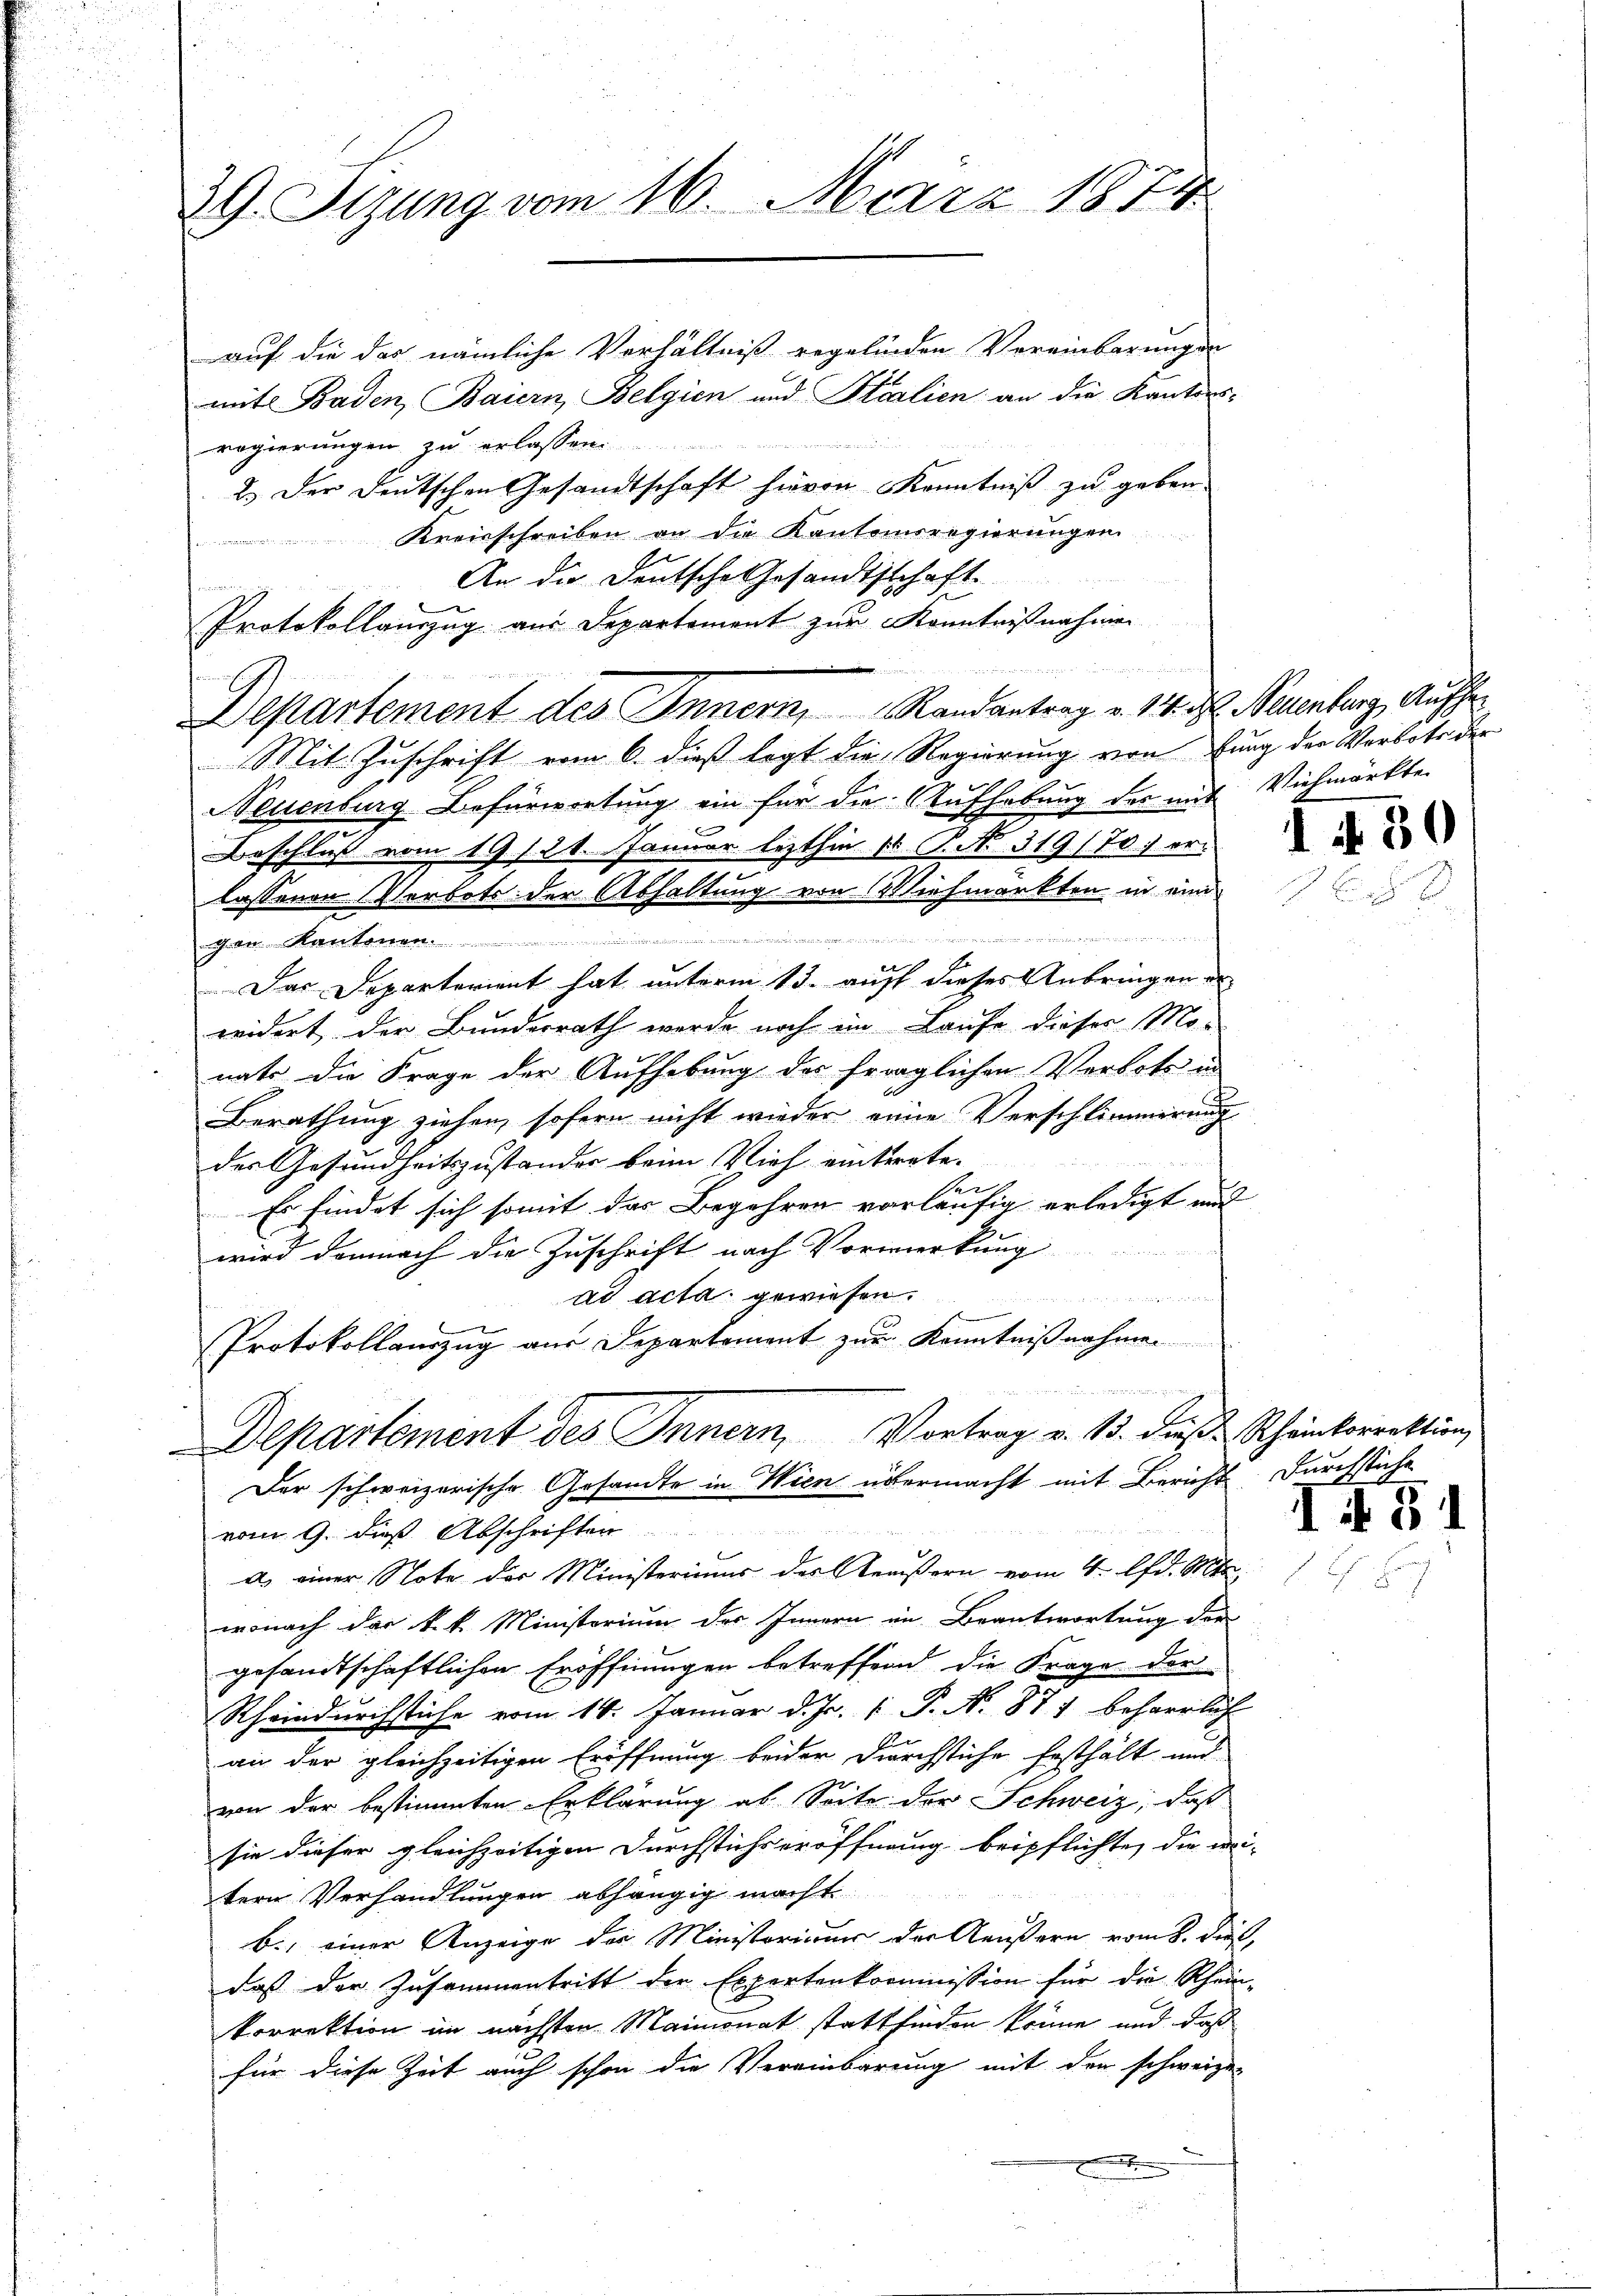
29. Sizung vom 16. März 1874

auf die das nämliche Verhältniß regelinden Vereinbarungen
mit Baden, Baiern, Belgien und Stralien an die Kantons-
regierungen zu erlassen.
2.) Der deutschen Gesandtschaft hievon Kenntniß zu geben.
Kreisschreiben an die Kantonsregierŭngen.
ainunte
An die Deutsche Gesandtschaft
Protokollauszug aus Departement zur Kenntnißnahmen
Departement des Innern, Randantrag v. 14. d. Neuenburg, Aufhe
Mit Zuschrift vom 6. dieß legt die Regierung von fung der Verbote der
Neuenburg Befürwortung ein für die Aufhebung des mit Viehmärkte.
a
chen Kantonen
Das Departarient hat unterm 13. auf dieses Anbringen an
weidert der Bundesrath werde noch im Laufe dieser Mo-
nats die Frage der Aufhebung des fraglichen Verbote in
Berathung ziehen, sofern nicht wieder eine Verschlimmerung
der Gesundheitszustander beim Vieh einterate.
Pers
Es findet sich somit das Begehren vorläufig erledigt und
wird demnach die Zuschrift nach Vorwerkung
mmung
ad acta gewiesen.
Protokollauszug aus Departement zur Kenntnißnahmen
Departement des Innern, Vortrag v. B. diese Schinkorrektion,
Der schweizerische Gesandte in Wien übermacht mit Bericht. Durchstiche
vom 9. dieß Abschriften.
a) einer Note des Ministeriums des Geäußern vom 4. lfd. Mts.
wonach der k. k. Ministerium des Innern in Beantwortung der
gesandtschaftlichen Eröffnungen betreffend die Frage der
Rheindurchstiche vom 16. Januar d. Js. [ P. N. 877 beharrlich
an der gleichzeitigen Eröffnung beider Durchstiche festhält und
von der bestimmten Erklärung ab Seite der Schweiz, daß
sie dieser gleichzeitigen Durchstichs eröffnung beipflichte, die in
tern Verhandlungen abhängig macht
b., einer Anzeige der Ministeriums der Aeußern vom 8. Dies
daß der Zusammentritt der Expertenkommission für die Rhein-
korrektion im nächsten Maimonat stattfinden könne, und daß
für diese Zeit auch schon die Vereinbarung mit den schweizer

Beschluß vom 19. 121. Januar lezthin 15 P. No 319/70) er-
lassenen Verbots der Abhaltung von Viehmarkten in eine

1 der

30

II § 31